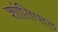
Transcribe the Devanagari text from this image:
शांतिपाठ